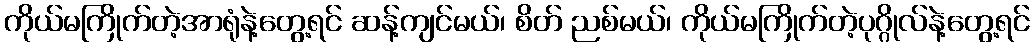
ကိုယ်မကြိုက်တဲ့အာရုံနဲ့တွေ့ရင် ဆန့်ကျင်မယ်၊ စိတ် ညစ်မယ်၊ ကိုယ်မကြိုက်တဲ့ပုဂ္ဂိုလ်နဲ့တွေ့ရင်